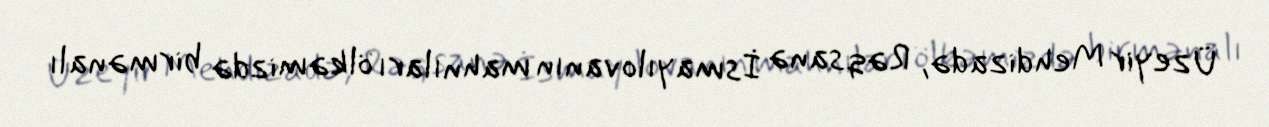
Üzeyir Mehdizadə, Rəqsanə İsmayılovanın mahnıları ölkəmizdə birmənalı